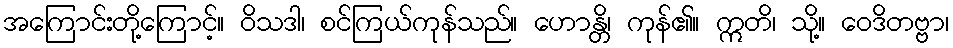
အကြောင်းတို့ကြောင့်။ ဝိသဒါ၊ စင်ကြယ်ကုန်သည်။ ဟောန္တိ၊ ကုန်၏။ ဣတိ၊ သို့။ ဝေဒိတဗ္ဗာ၊